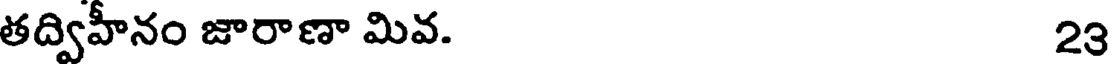
తద్విహీనం జారాణా మివ. 23